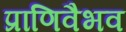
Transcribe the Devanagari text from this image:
प्राणिवैभव